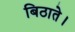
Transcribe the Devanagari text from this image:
बिठाते।